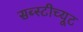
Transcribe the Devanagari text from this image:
सब्स्टीच्यूट